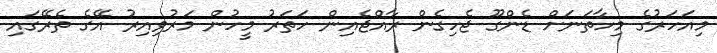
މިއަހަރުގެ މިހާތަނަށް ޑެންގޫ ޖެހިގެން ރާއްޖެއިން ހަތަރު މީހުން މަރުވިއިރު އޭގެ ތެރޭގައި